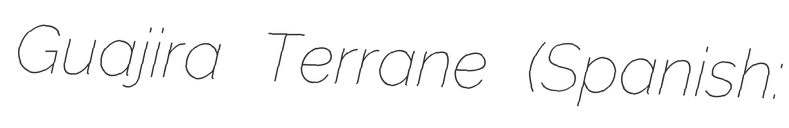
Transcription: Guajira Terrane (Spanish: